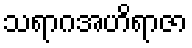
သရာဂအဟိရာဇာ